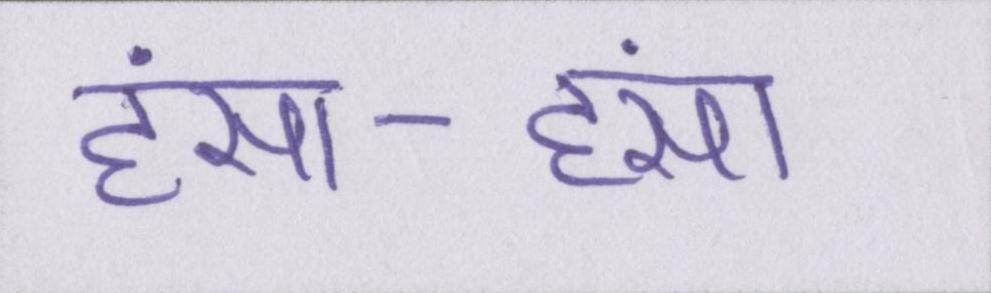
हंसा-हंसा